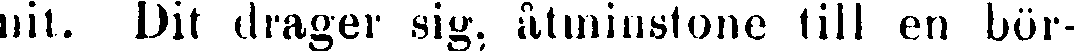
nit. Dit drager sig, åtminstone till en bör-